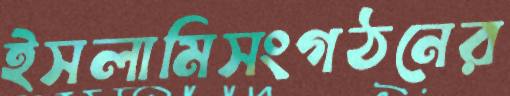
ইসলামিসংগঠনের